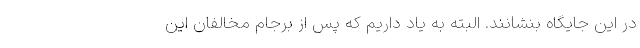
در این جایگاه بنشانند. البته به یاد داریم که پس از برجام مخالفان این